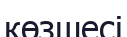
көзшесі